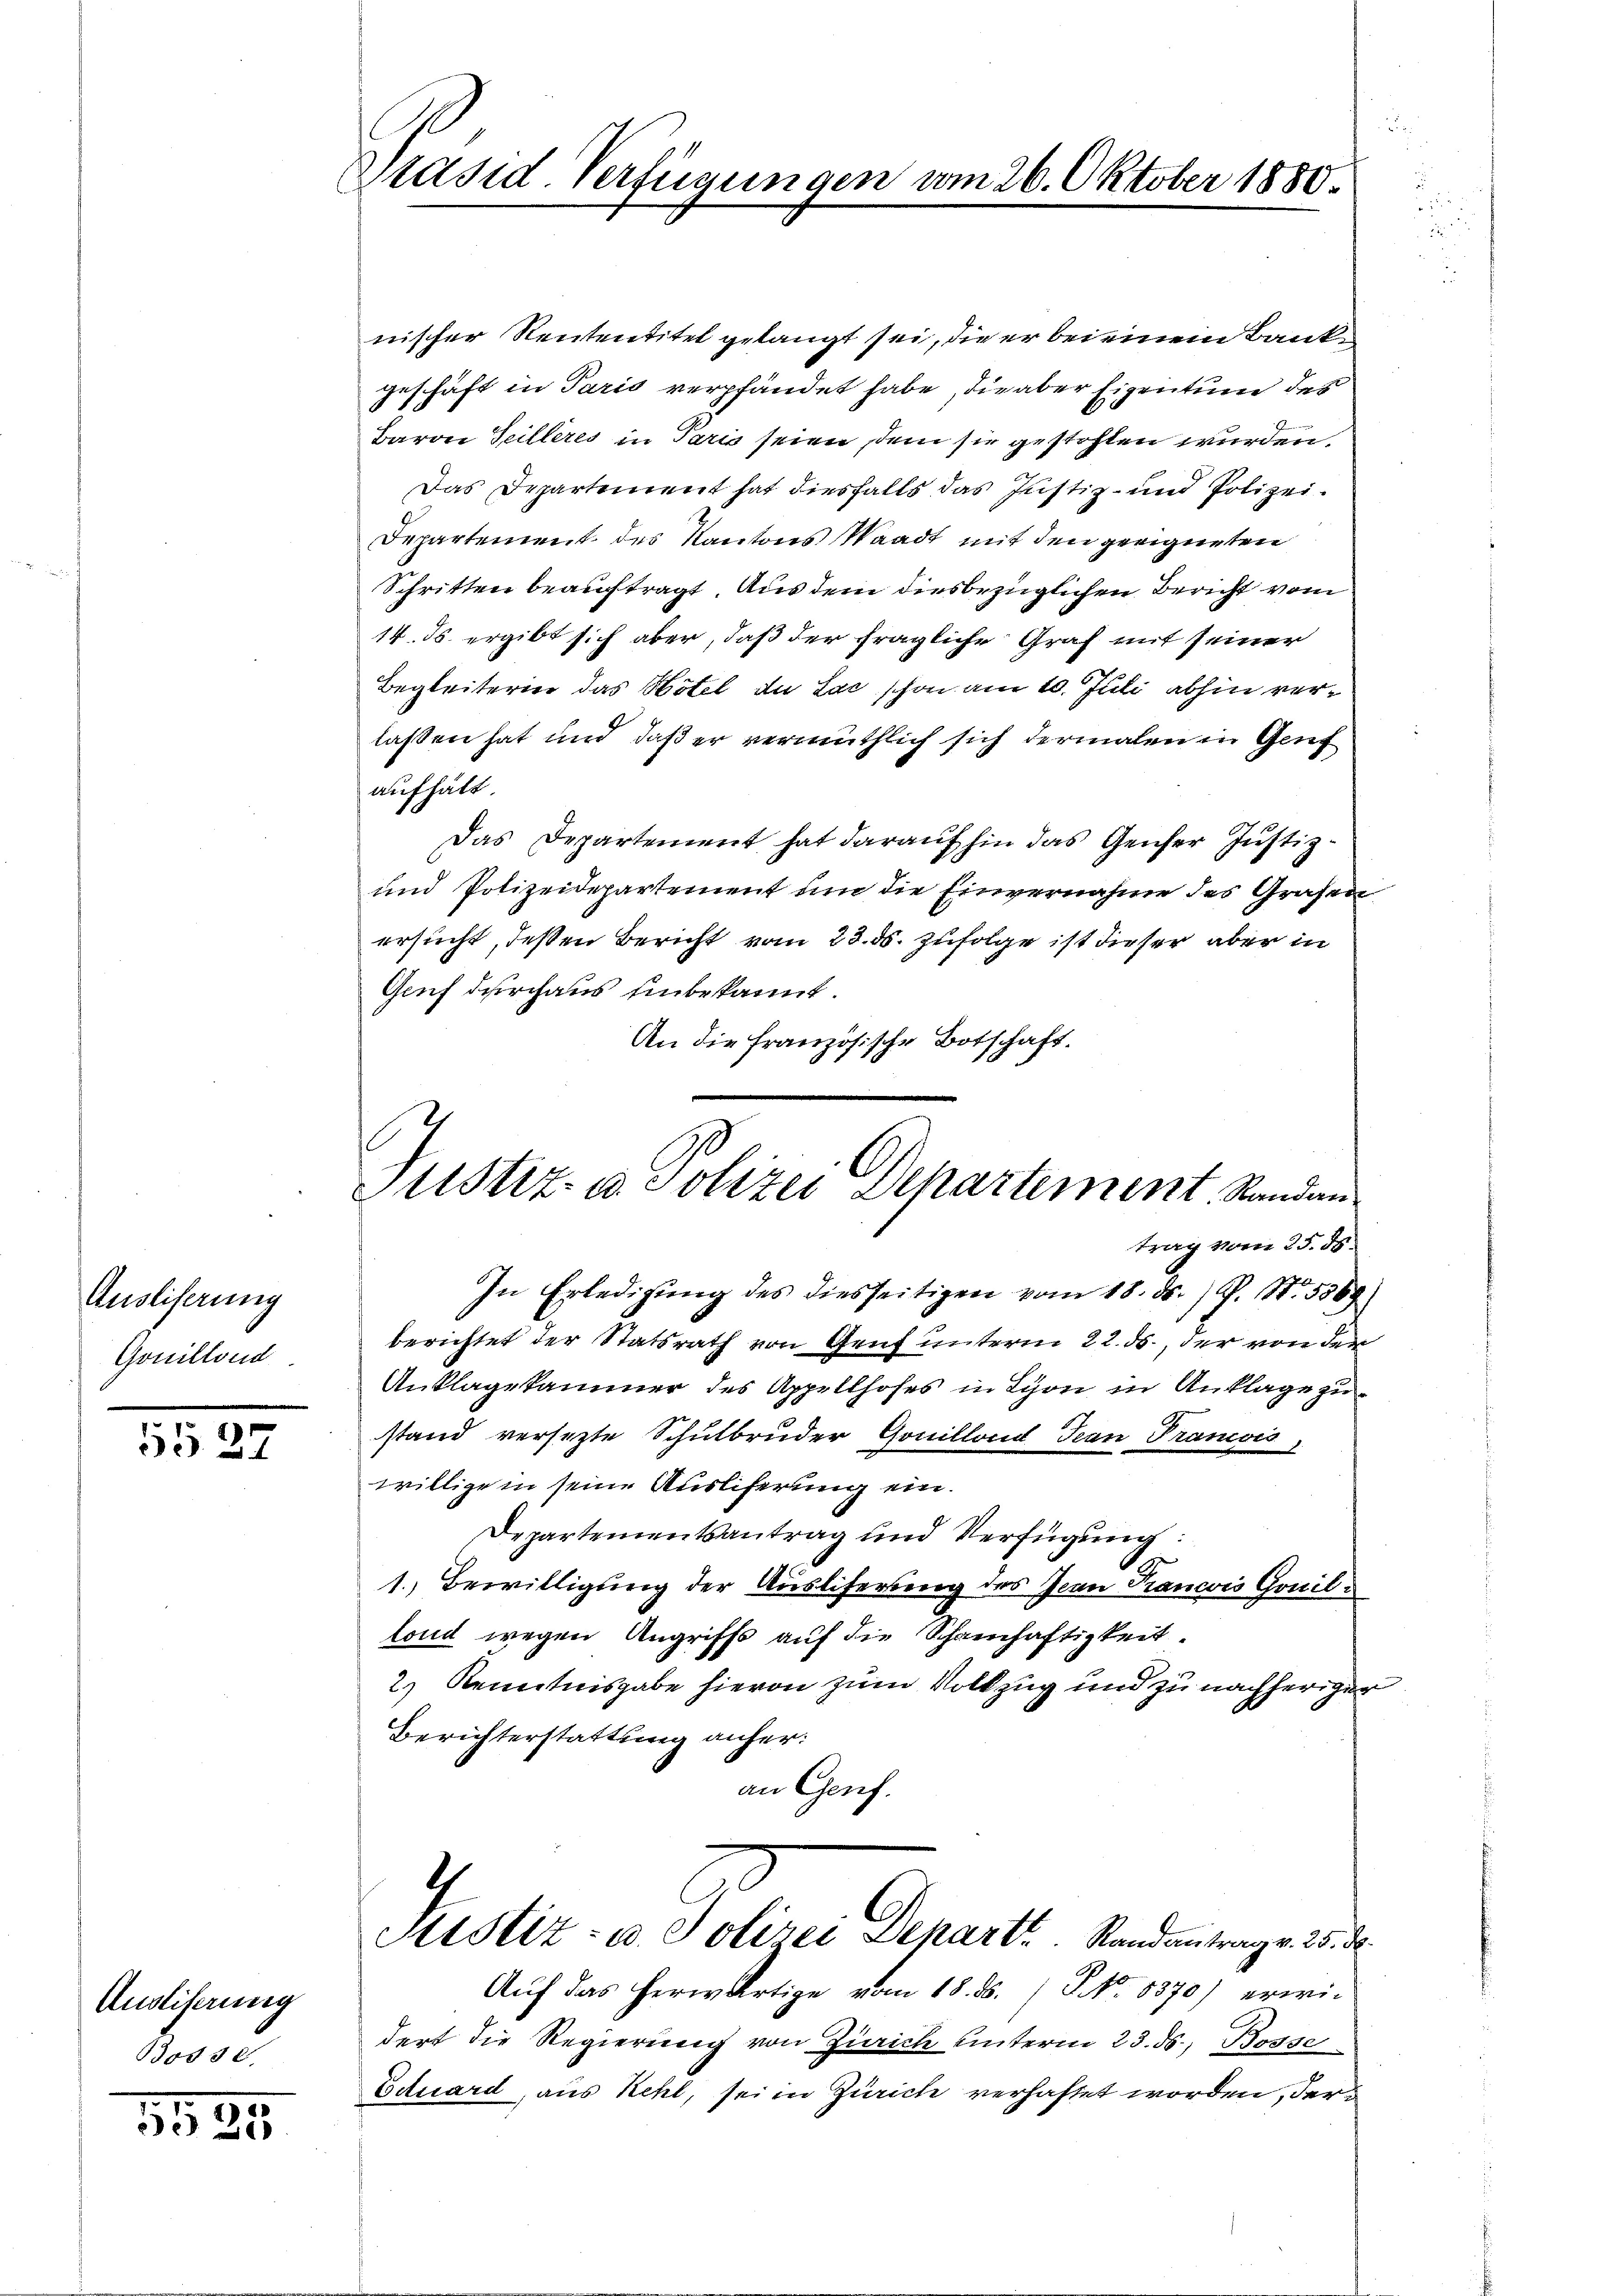
Ausliserung
Gonillond

§§ 37

Ausliserung
Bossd.

1525

Präsid. Verfügungen vom 26. Oktober 1880.

nischer Rententitel gelangt sei, die er bei einem Bankgeschäft in Paris verpfändet habe, die aber Eigentum des
Baron Seilleres in Paris seien, sein sie gestohlen wurden.
Das Departement hat diesfalls das Justiz- und Polizei¬
Departement des Kantons Waadt mit den geeigneten
Schritten beauftragt. Aus dem diesbezüglichen Bericht vom
14. ds. ergibt sich aber, daß der fragliche Graf mit seiner
Begleiterin das Hotel du Lac schon am 10. Juli abhin verlassen hat und daß er vermuthlich sich dermalen in Genf
aufhält.
Das Departement hat darauf hin das Genfer Justiz-
und Polizeidepartement um die Einvernahme des Grafen
ersucht, deßen Bericht vom 23. ds. zufolge ist dieser aber in
Genf durchaus einbekannt.
An die französische Botschaft.

Justiz u. Polizei Departement. Sandan

trag vom 25. ds.
In Erledigŭng des diesseitigen vom 18. d. J. S. 5369.
berichtet der Statsrath von Genf unterm 22. ds., der von der
Anklagekammer des Appellhofes in Schon in Anklage zustand versezte Schulbruder Gouilland Jean Prancois,
willige in seine Auslieferung ein.
Departementsantrag und Verfügung:
1.) Bewilligung der Ausliferung des Jean Prancois Gonilfond wegen Angriffs auf die Schamhaftigkeit.
2) Kenntnisgabe hievon zum Volkzug und zu nachherigen
Berichterstattung anher:
an Genf.
4
Sistiz- u. Polizei Depart. Randantrag v. 25. d.
Auf das herwärtige vom 18. ds. No. 8370) erwidert die Regierung von Zürich unterm 23. ds. Bosse
Eduard, aus Kehl, sei in Zürich verhaftet worden, der